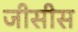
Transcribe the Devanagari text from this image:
जीसीस